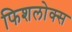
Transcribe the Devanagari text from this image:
फिशलोक्स